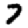
Digit: 7